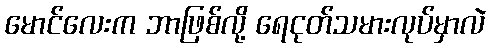
မောင်လေးက ဘာဖြစ်လို့ ရေငုတ်သမားလုပ်မှာလဲ